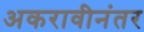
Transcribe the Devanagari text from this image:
अकरावीनंतर